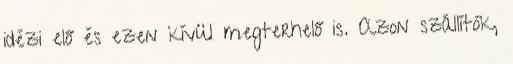
idézi elő és ezen kívül megterhelő is. Azon szállítók,